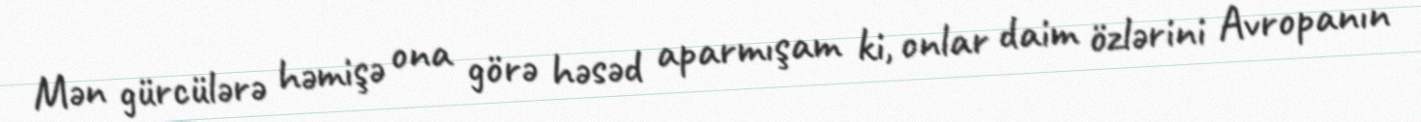
Mən gürcülərə həmişə ona görə həsəd aparmışam ki, onlar daim özlərini Avropanın